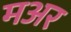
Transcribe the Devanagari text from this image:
मअर